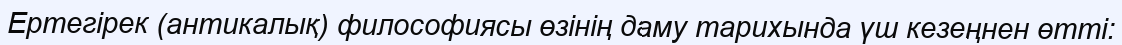
Ертегірек (антикалық) философиясы өзінің даму тарихында үш кезеңнен өтті: